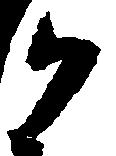
御